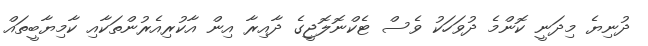
ދުނިޔެ މިދަނީ ކޮންމެ ދުވަހަކު ވެސް ޓެކްނޮލޮޖީގެ ދާއިރާ އިން އާކުރިއެރުންތަކާއި ކާމިޔާބީތައް